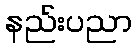
နည်းပညာ